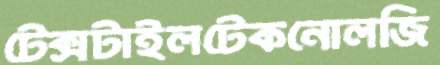
টেক্সটাইলটেকনোলজি